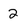
Character: 2